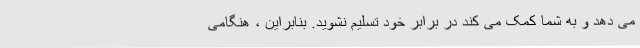
می دهد و به شما کمک می کند در برابر خود تسلیم نشوید. بنابراین ، هنگامی